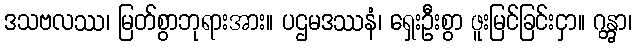
ဒသဗလဿ၊ မြတ်စွာဘုရားအား။ ပဌမဒဿနံ၊ ရှေးဦးစွာ ဖူးမြင်ခြင်းငှာ။ ဂန္တွာ၊